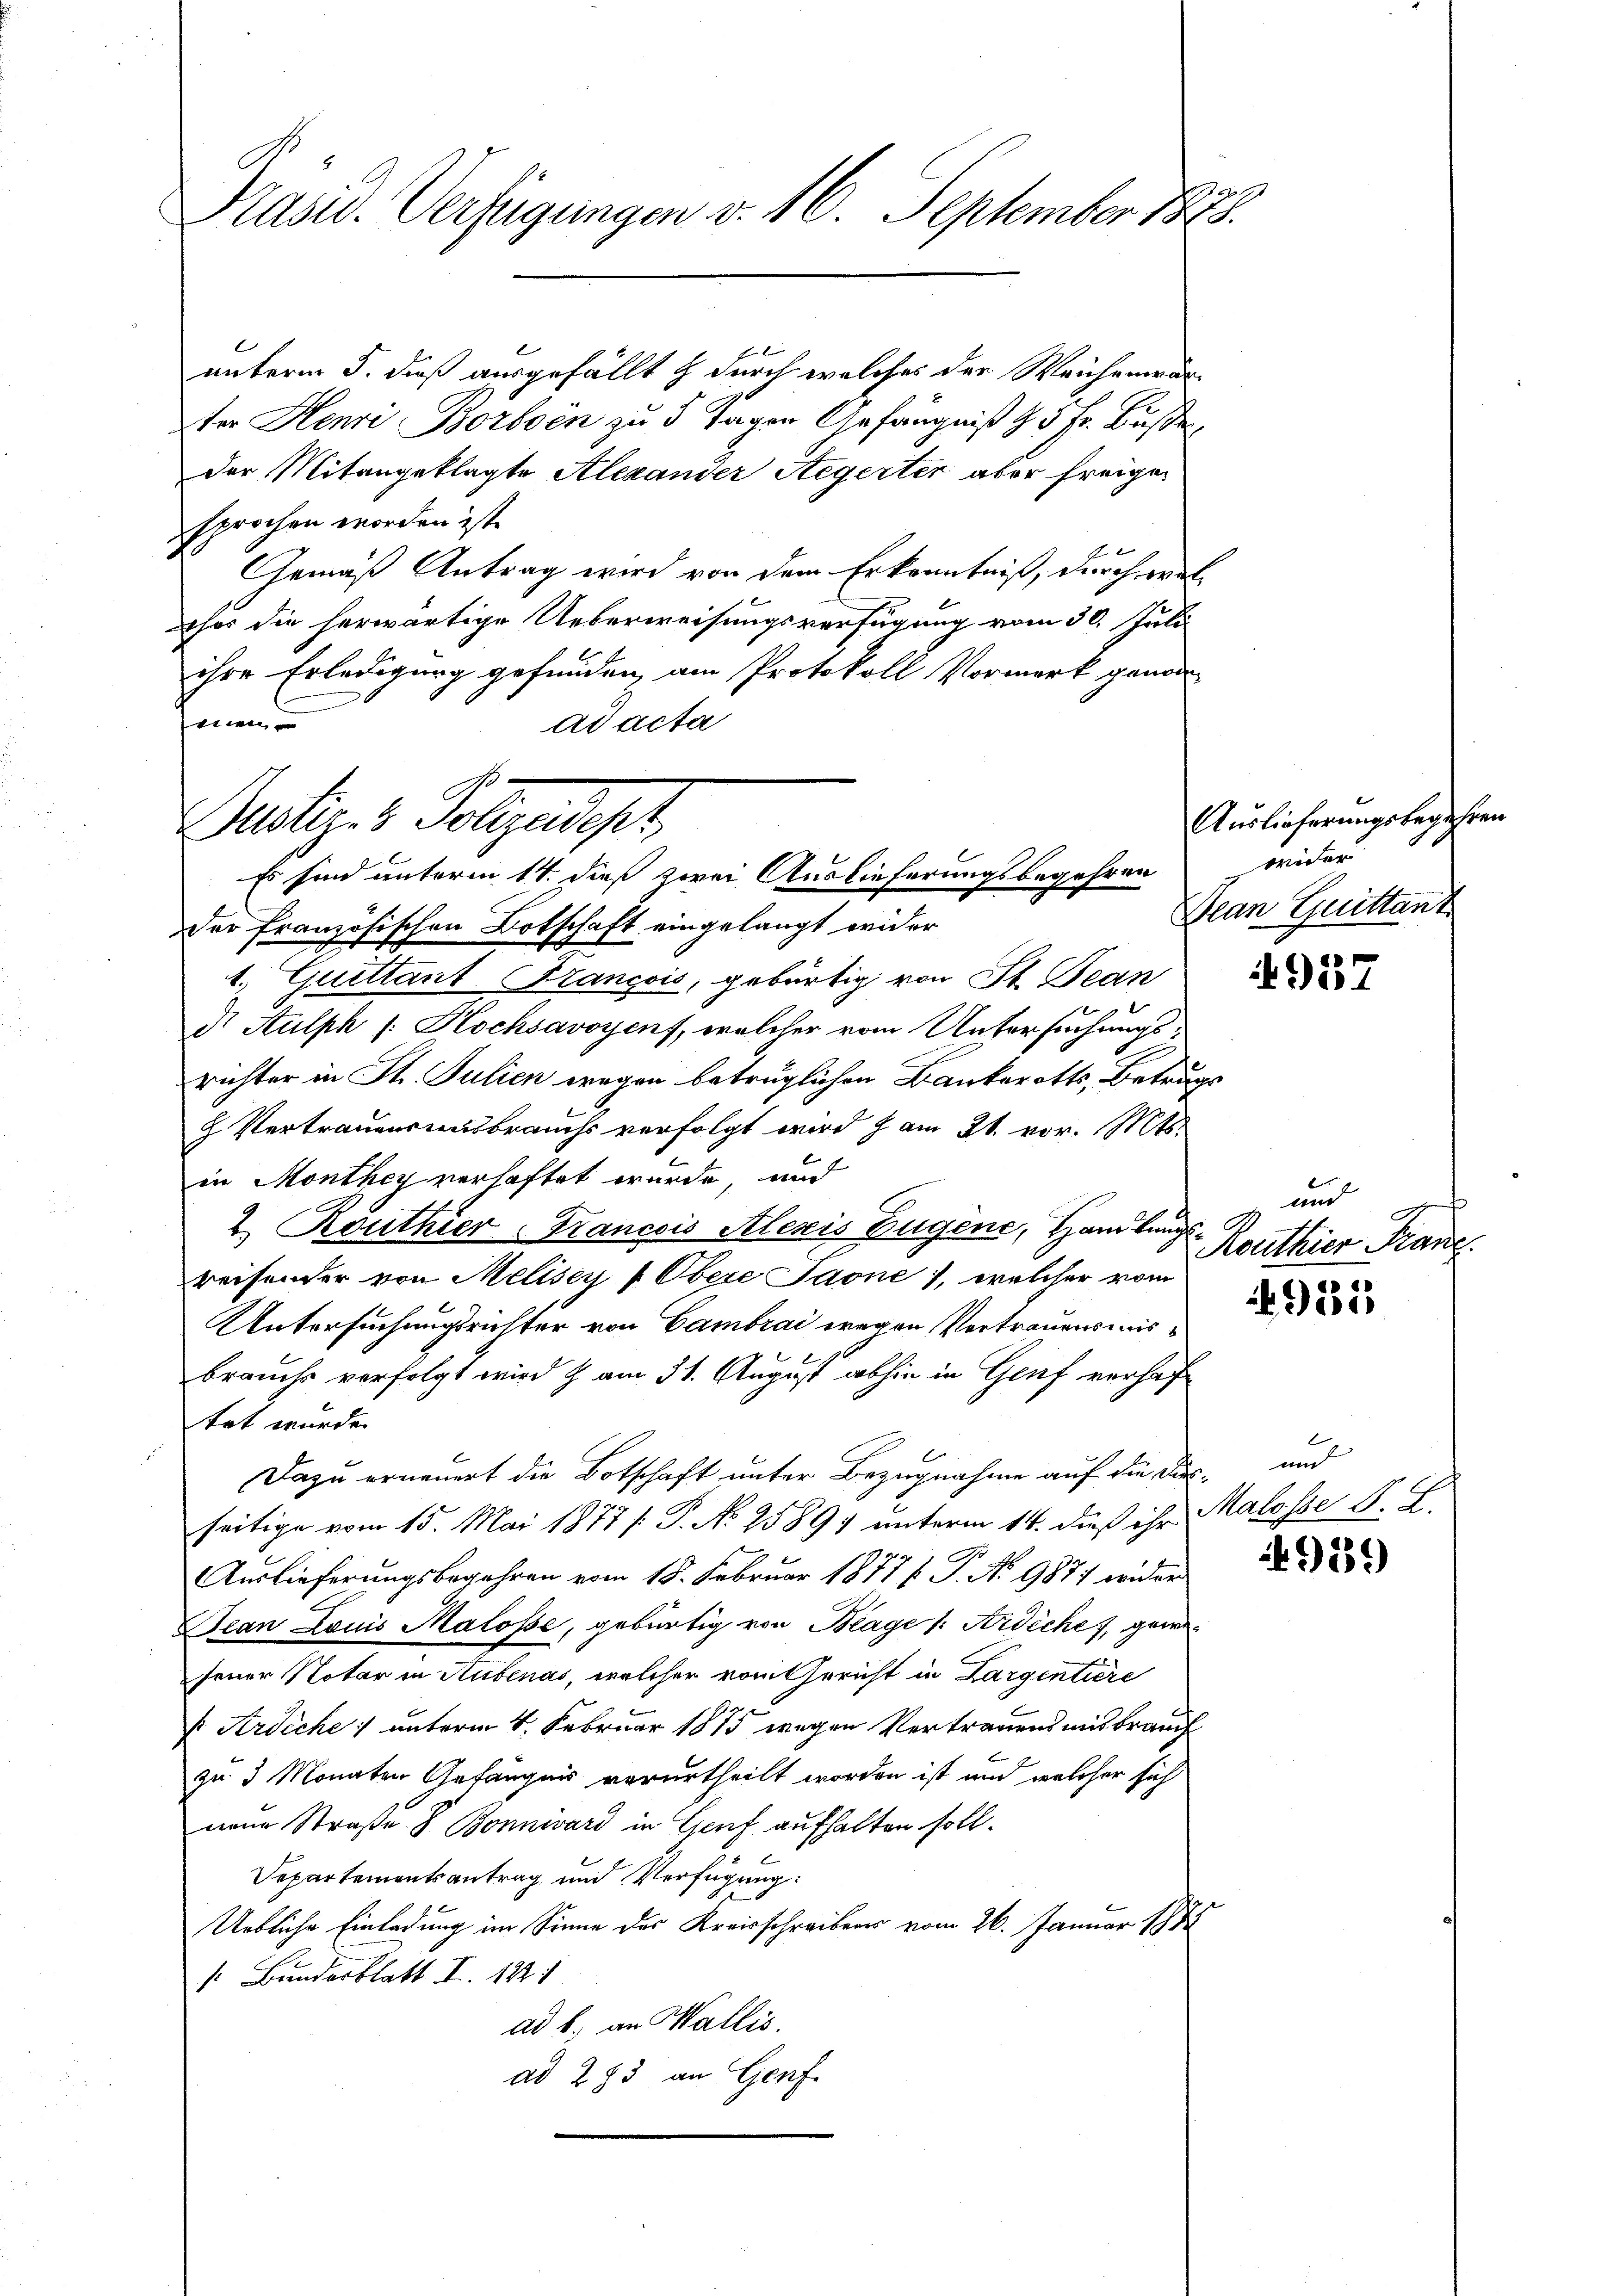
9
Pasu. Verfügungen v. 16. September 1848.

unterm 5. dieß ausgefällt & durch welches der Weichenwär-
ter Henri Borben zu 5 Tagen Gefängniß & 3 Fr. Bußen,
der Mitangeklagte Alexander Aegerter aber freigen
sprochen worden ist.
Gemäß Antrag wird von dem Erkenntniß, durch wil
her die herwärtige Ueberweisungsverfügung vom 30. Juli
ihre Erledigung gefunden, am Protokoll Vormerk genom-
einen
ad acta
.
Justiz- & Polzadesz

Es sind unterm 14. dieß zwei Auslieferungsbegehren wider
Der französischen Botschaft eingelangt wider

1. Quittant François, gebürtig von St. Jean
d. Aulph /: Kochsavoyens, welcher vom Untersuchungs-
richter in St. Julien wegen betrüglichen Bankerotts, Betrugs
g. Vertrauensausbrauchs verfolgt wird am 21. vor. Mts.
in Monthey verhaftet wurde, und
2 Routhier-Tancois Alezis Zugene, Handlungs-
reisender von Meliscy f Obere Jaone), welcher vom
Untersuchungsrichter von Cambrai wegen Vertrauensmisbrauchs verfolgt wird & am 31. August abhin in Genf verhaftrt wurde.
Dazu erneuert die Botschaft unter Bezugnahme auf die Dies- und
seitige vom 15. Mai 1877 [ P. No 2589. unterm 14. dieß ihr

Auslieferungsbegehren vom 18. Februar 1877 J. No 987 wider
can Louis Malosse, gebürtig von Blage /: Ardiche, gewefener Notar in Stubenas, welcher vom Gericht in Largentiere
s: Ardiche unterm 4. Februar 1875 wegen Vertrauens mit brauch
zu 3 Monaten Gefängnis verurtheilt worden ist und welcher sich
neue Straße & Bonnivárd in Genf aufhalten soll.
Departementsantrag und Verfügung:
Uebliche Einladung im Sinne des Kreisschreibens vom 26. Januar 1882
. Bunderblatt I. 1821
ad b. an Wallis.
ad 283 an Genf

Auslieferungsbegehren
Dean Quittant

und
G
Kouthier Franz

4955

Malosse S. L.

939